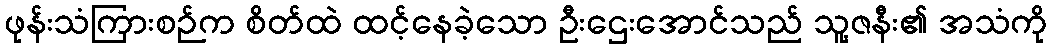
ဖုန်းသံကြားစဉ်က စိတ်ထဲ ထင့်နေခဲ့သော ဦးဌေးအောင်သည် သူ့ဇနီး၏ အသံကို